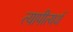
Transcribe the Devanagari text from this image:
त्यापीत्यर्थ